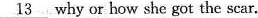
\underline{13} why or how she got the scar.